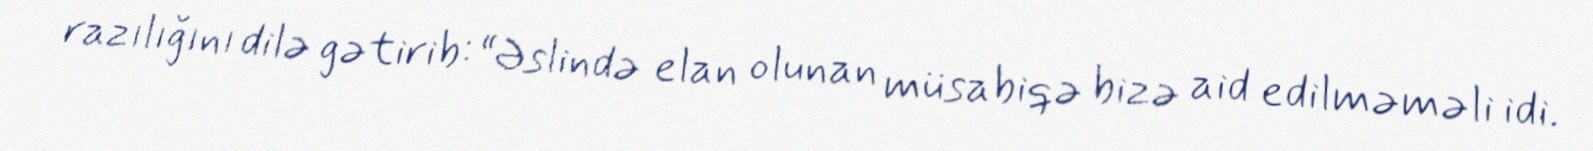
razılığını dilə gətirib: “Əslində elan olunan müsabiqə bizə aid edilməməli idi.